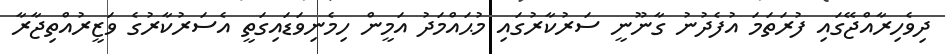
ދިވެހިރާއްޖޭގައި ފުރަތަމަ އުފެދުނު ގާނޫނީ ސަރުކާރުގައި މުޙައްމަދު އަމީން ހިމެނިވަޑައިގަތީ އެސަރުކާރުގެ ވަޒީރުއްތިޖާރާ